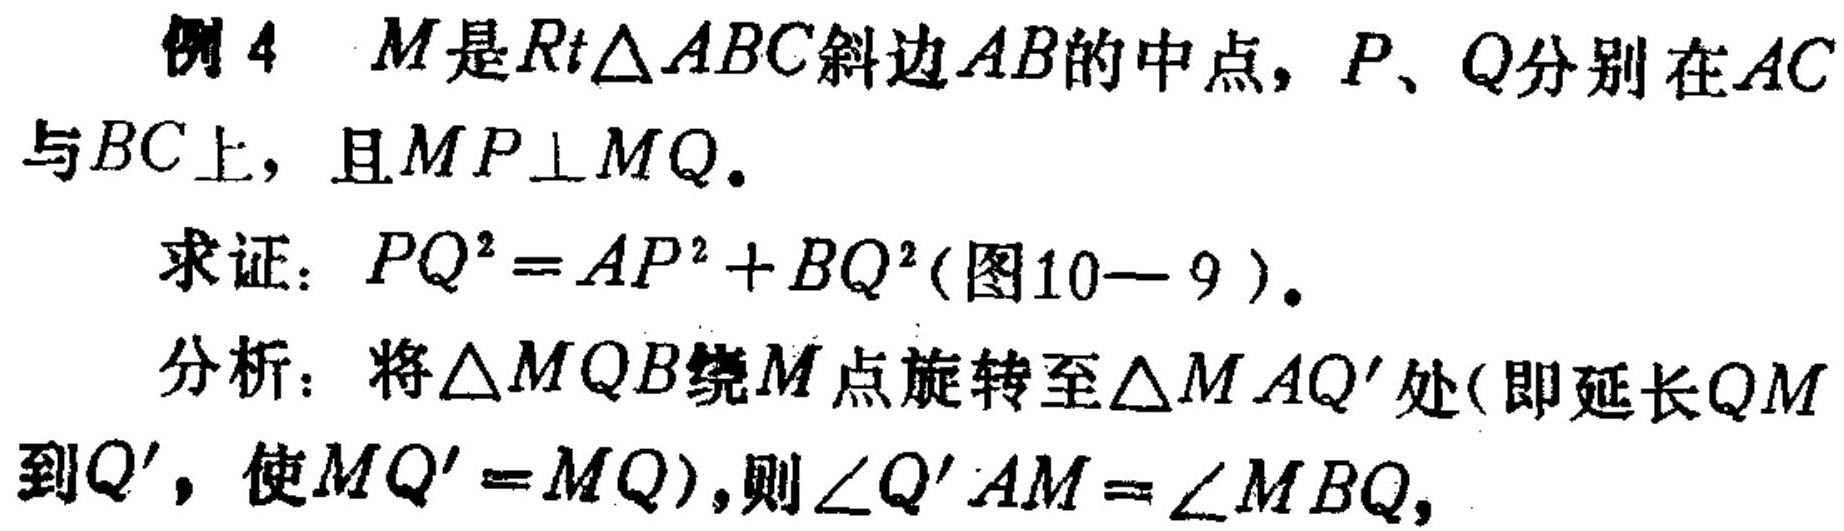
例4 \(M\)是\(Rt\triangle ABC\)斜边\(AB\)的中点，\(P\)、\(Q\)分别在\(AC\)与\(BC\)上，且\(MP\perp MQ\)。
求证：\(PQ^{2}=AP^{2}+BQ^{2}\)(图10 - 9)。
分析：将\(\triangle MQB\)绕\(M\)点旋转至\(\triangle MAQ'\)处(即延长\(QM\)到\(Q'\)，使\(MQ' = MQ\))，则\(\angle Q'AM=\angle MBQ\)，